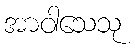
အာဝါသေသု